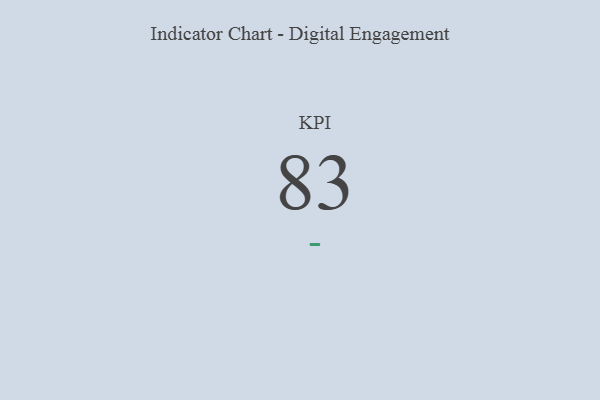
{"axis": {"x": "KPI", "y": "Value"}, "legend": [""], "data": [{"x": "KPI", "y": 83, "type": ""}]}